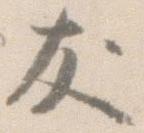
友